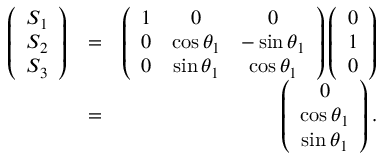
\begin{array} { r l r } { \left( \begin{array} { c } { S _ { 1 } } \\ { S _ { 2 } } \\ { S _ { 3 } } \end{array} \right) } & { = } & { \left( \begin{array} { c c c } { 1 } & { 0 } & { 0 } \\ { 0 } & { \cos \theta _ { 1 } } & { - \sin \theta _ { 1 } } \\ { 0 } & { \sin \theta _ { 1 } } & { \cos \theta _ { 1 } } \end{array} \right) \left( \begin{array} { c } { 0 } \\ { 1 } \\ { 0 } \end{array} \right) } \\ & { = } & { \left( \begin{array} { c } { 0 } \\ { \cos \theta _ { 1 } } \\ { \sin \theta _ { 1 } } \end{array} \right) . } \end{array}